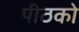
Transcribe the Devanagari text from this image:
पीठको